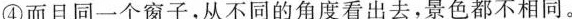
⑥这样，画的境界就无限地增多了。